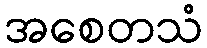
အစေတသံ